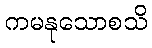
ကမနုသောစသိ